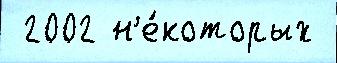
 2002 н'е́которых